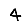
Digit: 4